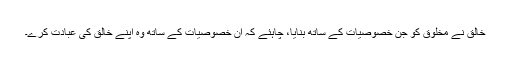
خالق نے مخلوق کو جن خصوصیات کے ساتھ بنایا، چاہئے کہ ان خصوصیات کے ساتھ وہ اپنے خالق کی عبادت کرے۔